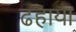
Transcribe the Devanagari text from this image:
ढहाया